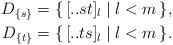
LaTeX: \begin{align*}D_{\{s\}} &= \{\,[..st]_l\mid l<m\,\},\\D_{\{t\}} &= \{\,[..ts]_l\mid l<m\,\}.\end{align*}